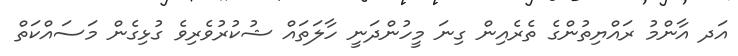
އަދ އާންމު ރައްޔިތުންގެ ތެރެއިން ގިނަ މީހުންދަނީ ހާލަތައް ޝުކުރުވެރިވެ ގުޅިގެން މަސައްކަތް